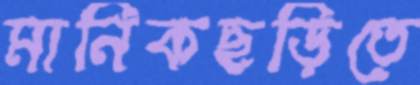
মানিকছড়িতে